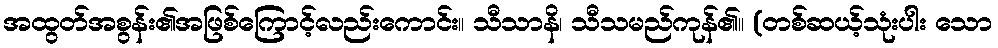
အထွတ်အစွန်း၏အဖြစ်ကြောင့်လည်းကောင်း။ သီသာနိ၊ သီသမည်ကုန်၏။ (တစ်ဆယ့်သုံးပါး သော